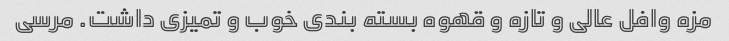
مزه وافل عالی و تازه و قهوه بسته بندی خوب و تمیزی داشت. مرسی